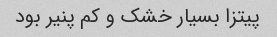
پیتزا بسیار خشک و کم پنیر بود